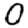
Digit: 0